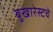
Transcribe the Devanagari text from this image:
बुखारेस्टचे